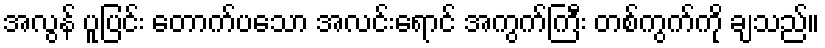
အလွန် ပူပြင်း တောက်ပသော အလင်းရောင် အကွက်ကြီး တစ်ကွက်ကို ချသည်။